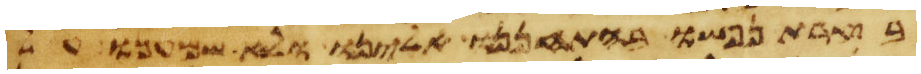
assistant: בצרת נפשו בהתחננו אלינו ולא שמענו על